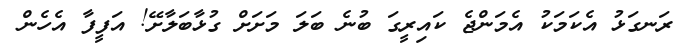
ރަނގަޅު އެކަމަކު އެމަންޖެ ކައިރީގަ ބުނެ ބަލަ މަށަށް ގުޅާބަލާށޭ! އަފީފާ އެހެން